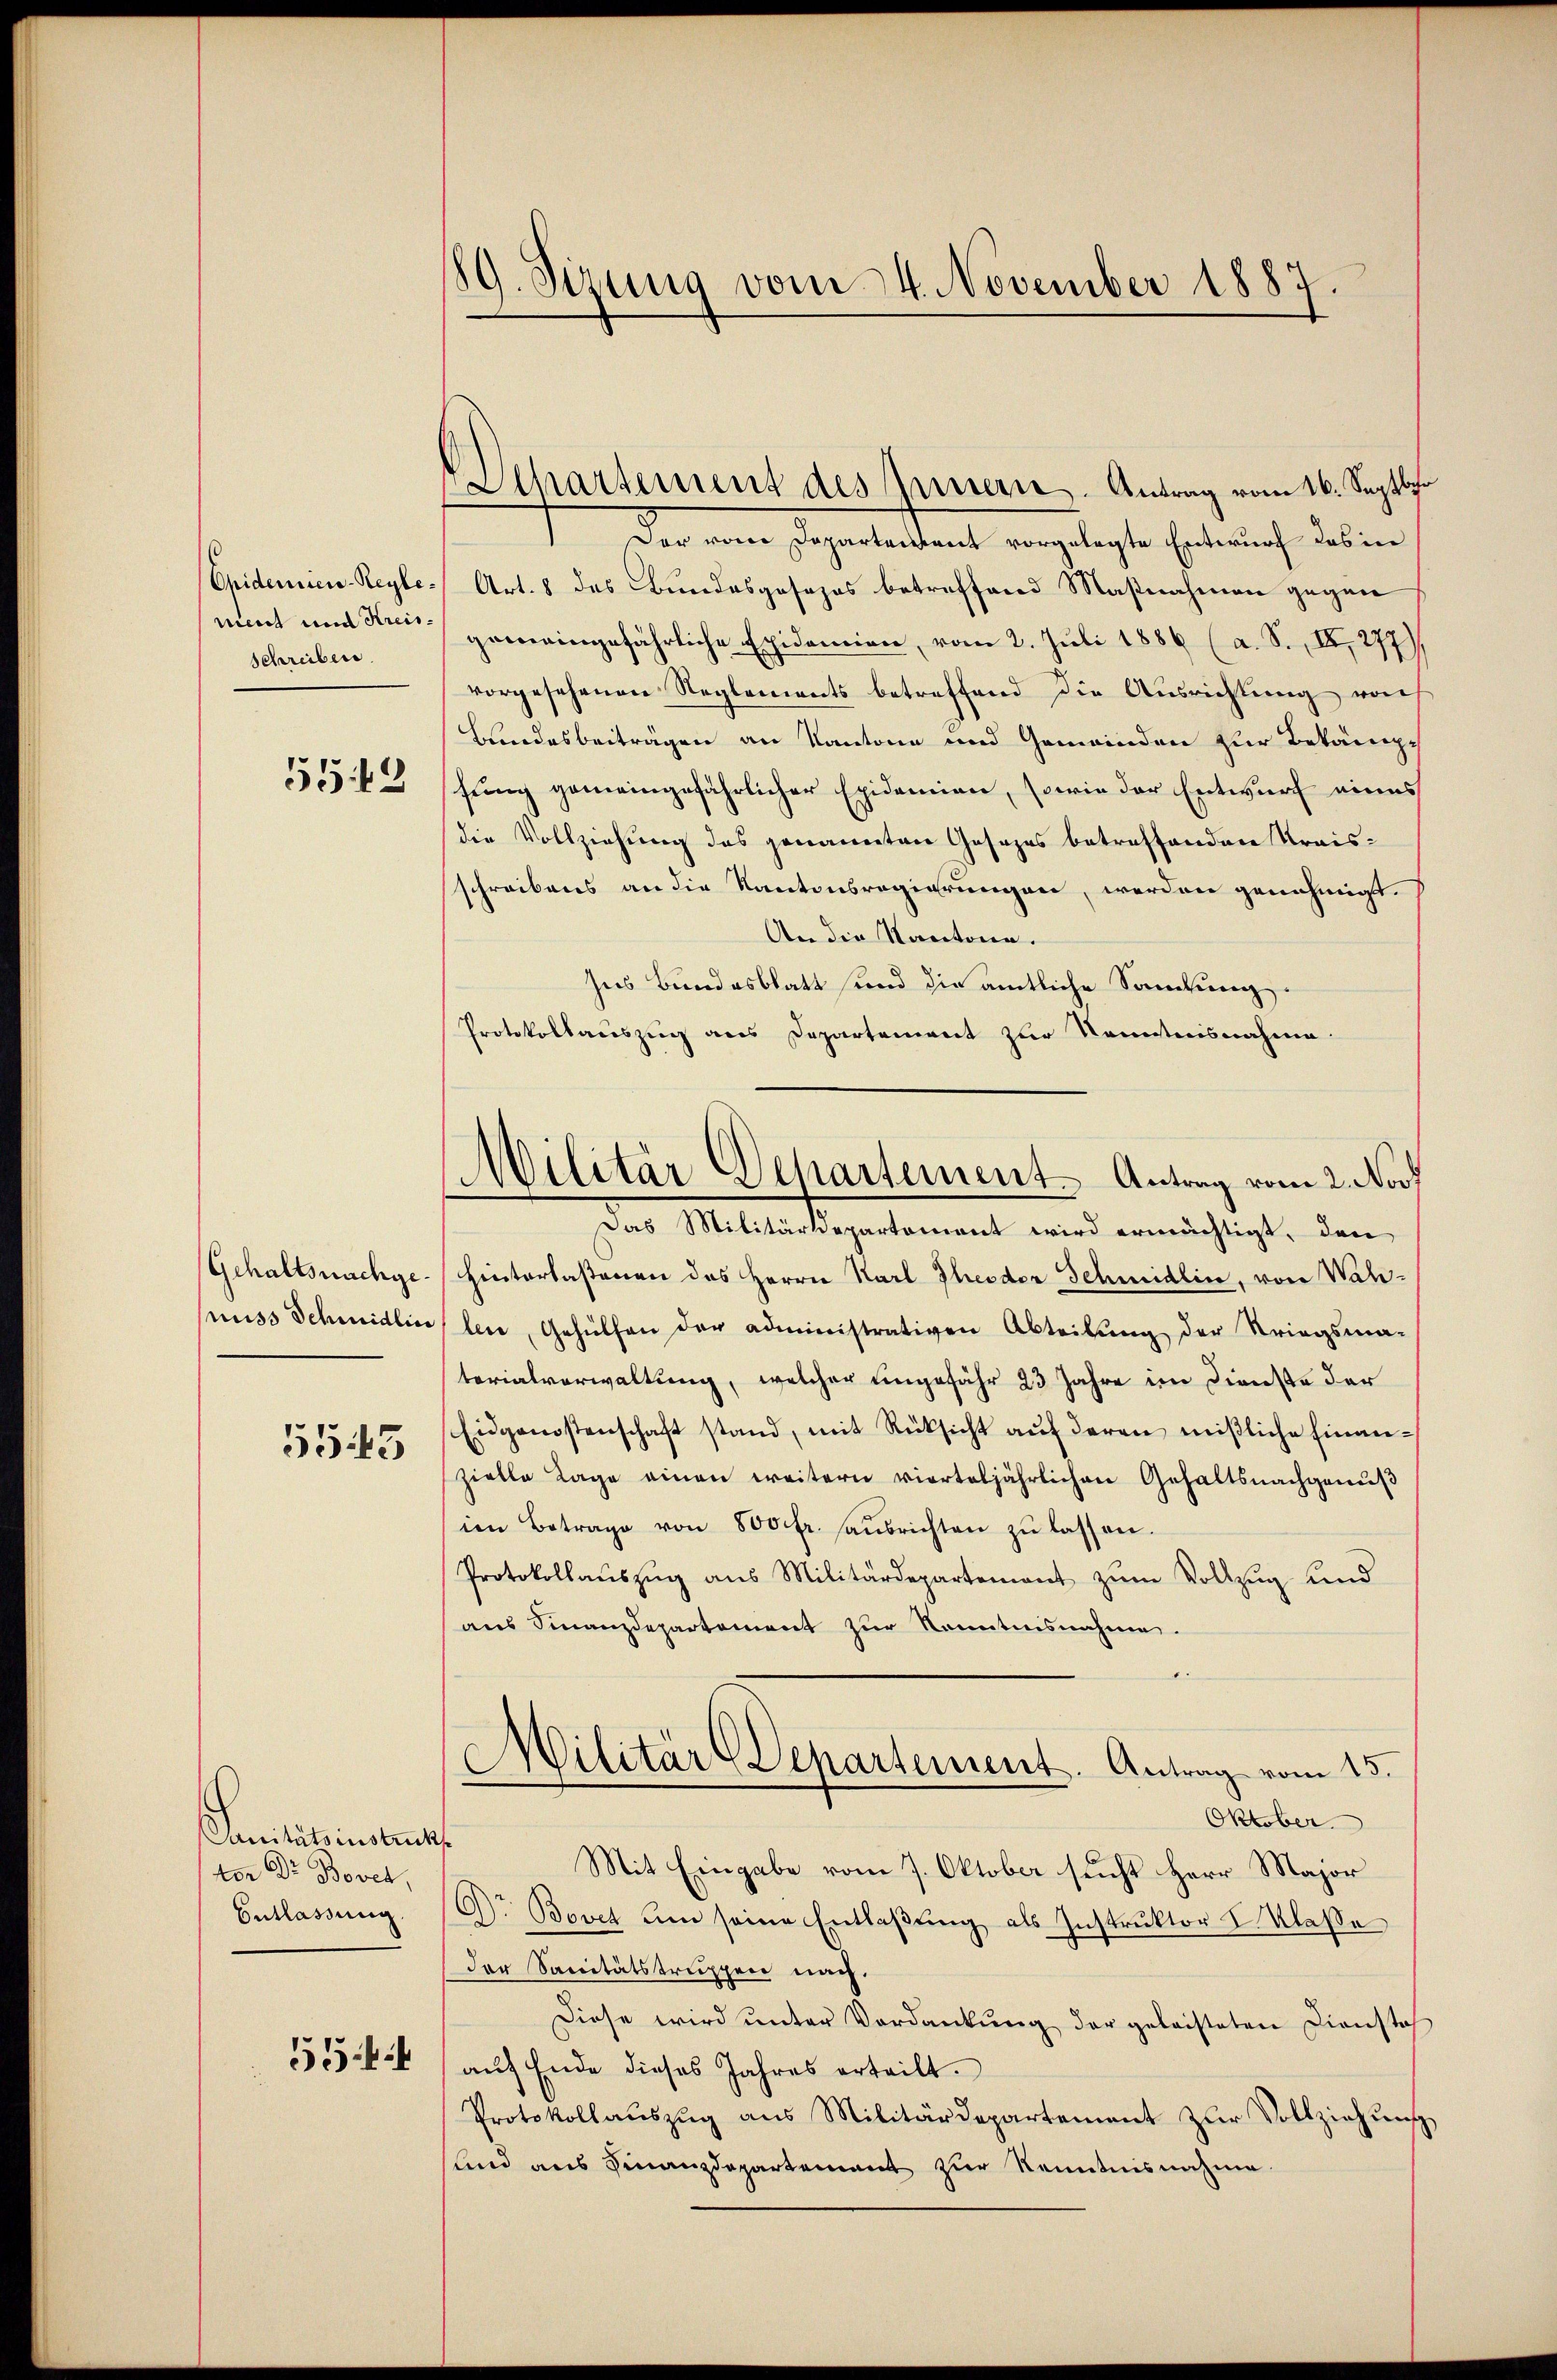
Epidemien-Reglemeist und Kreis¬
Schreiben

5548

Gehaltsnachge
nuss Schmidlin

5545

Sanitätsinstruct
tor Dr. Bovet,
Entlassung.

554

89. Sizung vom 24. November 1887.

Separtement des Innern. Antrag vom 16. Septb.

Militär Departement-Antrag vom 2. Nov

Der vom Departenant vorgelegte Entwurf das in
Art. 8 des Bundesgosapos betreffend Maßnahmen gegen
gemeingefährliche Epidemien, vom 2. Jŭli 1886 (a. S. II 277)
vorgesehenen Reglements betreffend die Ausrichtung von
Bundesbeiträgen an Kantone und Gemeinden zur Bekämpfung gemeingefährlicher Epidemien, sowie der Entwurf eines
die Vollziehung des genannten Gesezes betreffenden Kraisschreibens an die Kantonsregierungen, werden genehmigt.
An die Kantone.
Zus Bundesblatt und die amtliche Samlung.
Protokollauszug aus Departement zur Kenntnisnahme.
Das Militärdepartement wird ermächtigt, den
hinterlaßenen des Herrn Karl Theodor Schmidlin, von Wahlen, Gehülfen der administrativen Abteilŭng der Kriegsma-
terialverwaltung, welcher ungefähr 23 Jahre im Dienste der
Eidgenostenschaft stand, mit Rücksicht aŭf deren mißliche Finanzielle Lage einen weitern vierteljährlichen Gehaltsnachgenuß
im Betrage von 800 fr. aŭsrichten zŭ lassen.
Protokollaŭszŭg ans Militärdepartemont zum Vollzug und
aus Finanzdepartement zur Kenntnisnahme.
Militär-Departement. Antrag vom 15.
Oktober
Mit Eingabe vom 7. Oktober sucht Herr Major
Dr Bovet um seine Entlaßung als Instruktor L. Klaße
Der Sanitätstruppen nach.
Diese wird unter Verdankung der geleisteten Dienstes
auf Ende dieses Jahres erteilt.
Protokollauszug aus Militärdepartement zur Vollziehung
lnd aus Finanzdepartement zur Kenntnisnahme